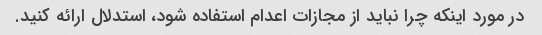
در مورد اینکه چرا نباید از مجازات اعدام استفاده شود، استدلال ارائه کنید.